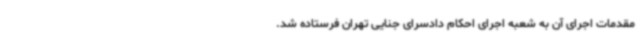
مقدمات اجرای آن به شعبه اجرای احکام دادسرای جنایی تهران فرستاده شد.